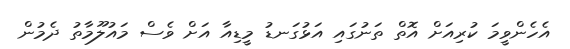
އެހެންވީމަ ކުރިއަށް އޮތް ތަނުގައި އަޅުގަނޑު މީޑިއާ އަށް ވެސް މައުލޫމާތު ދެމުން